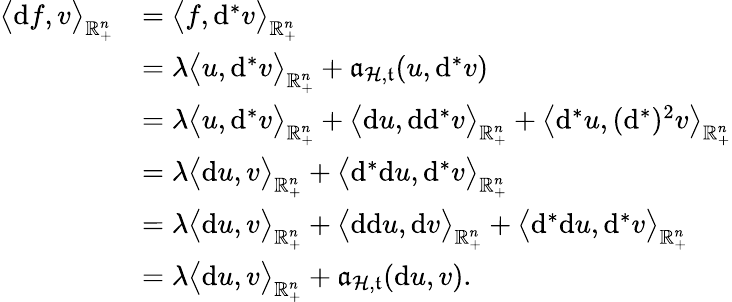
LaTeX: \begin{array}{rl}{\big\langle\mathrm{d}f,v\big\rangle_{\mathbb{R}_{+}^{n}}}&{=\big\langle f,\mathrm{d}^{\ast}v\big\rangle_{\mathbb{R}_{+}^{n}}}\\ &{=\lambda\big\langle u,\mathrm{d}^{\ast}v\big\rangle_{\mathbb{R}_{+}^{n}}+\mathfrak{a}_{\mathcal{H},\mathfrak{t}}(u,\mathrm{d}^{\ast}v)}\\ &{=\lambda\big\langle u,\mathrm{d}^{\ast}v\big\rangle_{\mathbb{R}_{+}^{n}}+\big\langle\mathrm{d}u,\mathrm{d}\mathrm{d}^{\ast}v\big\rangle_{\mathbb{R}_{+}^{n}}+\big\langle\mathrm{d}^{\ast}u,(\mathrm{d}^{\ast})^{2}v\big\rangle_{\mathbb{R}_{+}^{n}}}\\ &{=\lambda\big\langle\mathrm{d}u,v\big\rangle_{\mathbb{R}_{+}^{n}}+\big\langle\mathrm{d}^{\ast}\mathrm{d}u,\mathrm{d}^{\ast}v\big\rangle_{\mathbb{R}_{+}^{n}}}\\ &{=\lambda\big\langle\mathrm{d}u,v\big\rangle_{\mathbb{R}_{+}^{n}}+\big\langle\mathrm{d}\mathrm{d}u,\mathrm{d}v\big\rangle_{\mathbb{R}_{+}^{n}}+\big\langle\mathrm{d}^{\ast}\mathrm{d}u,\mathrm{d}^{\ast}v\big\rangle_{\mathbb{R}_{+}^{n}}}\\ &{=\lambda\big\langle\mathrm{d}u,v\big\rangle_{\mathbb{R}_{+}^{n}}+\mathfrak{a}_{\mathcal{H},\mathfrak{t}}(\mathrm{d}u,v)\mathrm{.~}}\end{array}